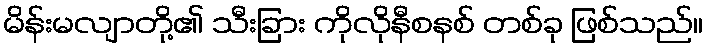
မိန်းမလျာတို့၏ သီးခြား ကိုလိုနီစနစ် တစ်ခု ဖြစ်သည်။